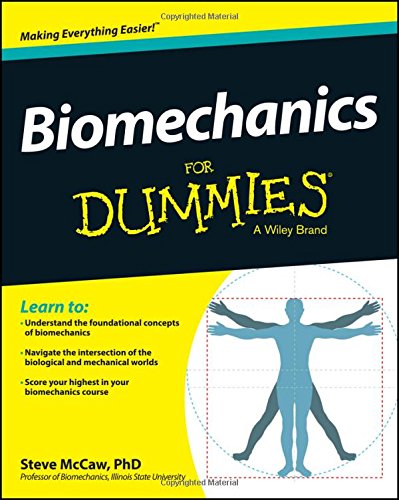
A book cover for Biomechanics For Dummies; Steve McCaw; Science & Math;